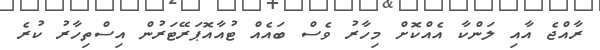
ރާއްޖެ އާއި ލަންކާ އެއްކޮށް މިހާރު ވެސް ބައެއް ޓުއާއޮޕަރޭޓަރުން އިސްތިހާރު ކުރެ